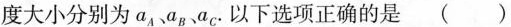
度大小分别为a_{A}、a_{B}、a_{C}.以下选项正确的是 ( )